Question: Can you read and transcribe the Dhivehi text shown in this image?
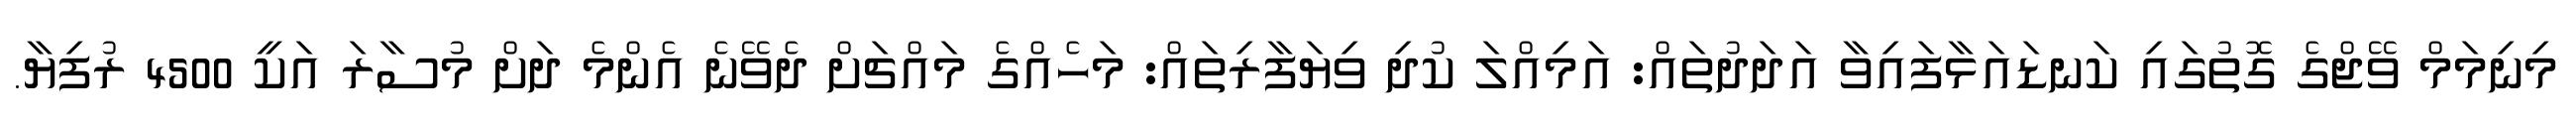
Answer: މިނިމަމް ވޭޖްގެ ގޮތުގައި ކަނޑައަޅާފައިވާ އަދަދުތައް: އަމިއްލަ ކުދި ވިޔަފާރިތައް: މަހެއްގެ މައްޗަށް ދެވޭނެ އެންމެ ދަށް މުސާރަ އަކީ 4500 ރުފިޔާ.